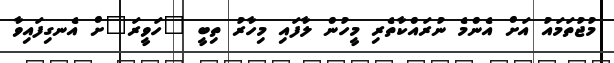
މުޖުތަމައު އަށް އެންމެ ނުރައްކާތެރި މީހުން ލާފައި މިހާރު ތިބީ "ހަވީރަ"ށް އެނގިފައިވާ